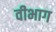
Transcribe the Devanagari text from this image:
वीभाग